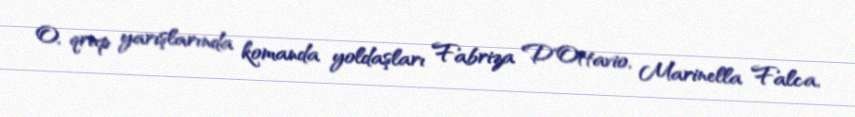
O, qrup yarışlarında komanda yoldaşları Fabriza D'Ottavio, Marinella Falca,